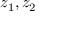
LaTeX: z _ { 1 } , z _ { 2 }